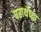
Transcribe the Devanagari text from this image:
परार्थेच्या